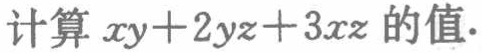
计算 \(xy + 2yz + 3xz\) 的值.